Annual report on the working of the mental hospitals in the Madras Presidency - 1912-1932
Year: 1912
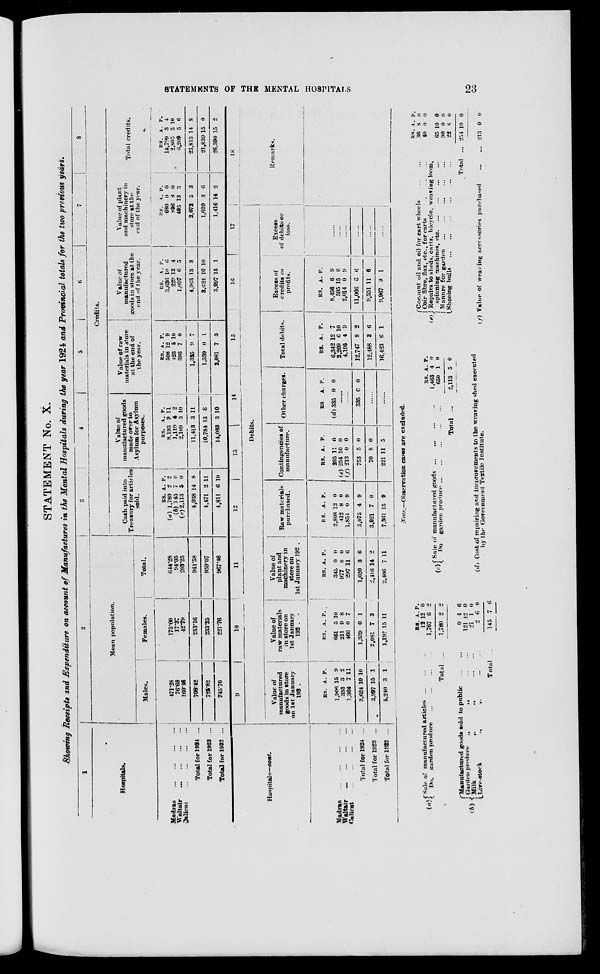
STATEMENTS OF THE MENTAL HOSPITALS
23
STATEMENT No. X.
Showing Receipts and Expenditure on account of Manufactures in the Mental Hospitals during the year 1924 and Provincial totals for the two previous years.
1
Hospitalss.
Madras
...
...
...
...
Waltair ... ... ... ...
calicut
...
...
...
...
Total for 1924 ...
Total for 1923 ...
Total for 1922 ...
2
Mean population.
Males.
471.28
76.68
160.46
708.42
725.82
745.70
Females.
173.00
17.37
42.79
233.16
233.25
221.76
Total.
644.28
94.05
203.25
941.58
959.07
967.46
3
4
5
6
7
8
Credits.
Cash paid into
Treasury for articles
sold.
RS.
(a) 1,780
(b) 145
(c) 2,113
4,038
4,471
4,811
A.
2
7
5
14
2
6
P.
2
6
0
8
11
10
Value of
manufactured goods
made over to
Asylum for Asylum
purposes.
RS.
8,193
1,110
2,109
11,413
10,784
14,083
A.
9
4
5
3
13
3
P.
11
2
10
11
8
10
Value of raw
materials in store
at the end of
the year.
RS.
508
423
393
1,325
1,339
2,081
A.
12
5
7
9
0
7
P.
9
10
0
7
1
3
Value of
manufactured
goods in store at the
end of the year.
RS.
3,636
229
1,097
4,963
3,624
3,997
A.
10
12
6
13
10
15
P.
6
4
5
3
10
1
Value of plant
and machinery in
store at the
end of the year.
RS.
680
896
495
2,072
1,620
1,416
A.
0
8
13
5
3
14
P.
0
0
3
3
6
2
Total credits.
RS.
14,799
2,805
6,209
23,813
21,839
26,390
A.
3
5
5
14
15
15
P.
4
10
6
8
0
2
Hospitals—cont.
Madras
...
...
...
...
Waltair
...
...
...
...
Calicut
...
...
...
...
Total for 1924 ..
Total for 1923 ...
Total for 1922 ...
9
10
11
12
13
14
15
16
17
Debits.
Value of
manufactured
goods in store
on 1st January
192 .
RS.
1,906
353
1,364
3,624
3,997
5,240
A.
15
3
7
10
15
3
P.
9
2
11
10
1
1
Value of
raw materials
in store on
1st January
192 .
RS.
661
211
466
1,339
2,081
1,192
A.
5
9
0
0
7
15
P.
10
8
7
1
3
11
Value of
plant and
machinery in
store on
1st January 192 .
RS.
345
977
297
1,620
2,416
2,406
A.
0
8
11
3
14
7
P.
0
0
6
6
2
11
Raw materials
purchased.
RS.
2,808
412
1,854
5,075
3,921
7,361
A.
12
8
0
4
7
15
P.
0
0
9
9
0
9
Contingencies of
manufacture.
RS.
285
(e) 254
(f) 213
753
70
221
A.
11
10
0
5
8
11
P.
0
0
0
0
0
5
Other charges.
RS
(d) 335
A.
0
P.
0
......
......
335 0 0
......
......
Total debits.
RS.
6,342
2,209
4,195
12,747
12,488
16,423
A.
12
6
4
8
3
6
P.
7
10
9
2
6
1
Excess of
credits or
profits.
RS.
8,456
595
2,014
11,066
9,351
9,967
A.
6
15
0
6
11
9
P.
9
0
9
6
6
1
Excess
of debits or
loss.
......
......
......
18
Remarks.
Note.— Observation cases are excluded.
(a)
(b)
Sale of manufactured articles
...
...
...
Do.
garden produce ... ... ... ...
Total ...
Manufactured goods sold to public
...
...
Garden produce
„
„ ... ...
Milk
„
„
...
...
Live-stock
.,
„
...
...
Total ...
RS.
12
1,767
1,780
0
121
21
2
145
A.
12
6
2
4
12
1
6
7
P.
0
2
2
6
0
0
0
6
(c) Sale of manufactured goods ... ... ... ...
Do
garden
produce ... ... ... ... ...
Total ...
(d) Cost of repairing and improvements to the weaving shed executed
by the Government Textile Institute.
RS.
1,463
650
2,113
A.
4
1
5
P.
0
0
0
(e)
Coconut oil and oil for cart wheels
...
...
Coir fibre, flax, etc., for carts ... ... ...
Repairs to sheds, carts, bicycle, weaving loom,
spinning machines, etc
...
...
...
...
Manure for garden
...
...
...
...
Shoeing bulls ... ... ... ... ... ...
Total ...
(f) Value of weaving accessories purchased
...
...
RS.
36
40
A.
8
0
P.
0
0
65
90
22
254
213
10
0
8
10
0
0
0
0
0
0